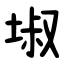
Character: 埱